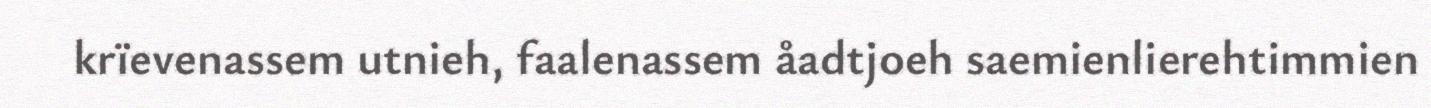
krïevenassem utnieh, faalenassem åadtjoeh saemienlierehtimmien